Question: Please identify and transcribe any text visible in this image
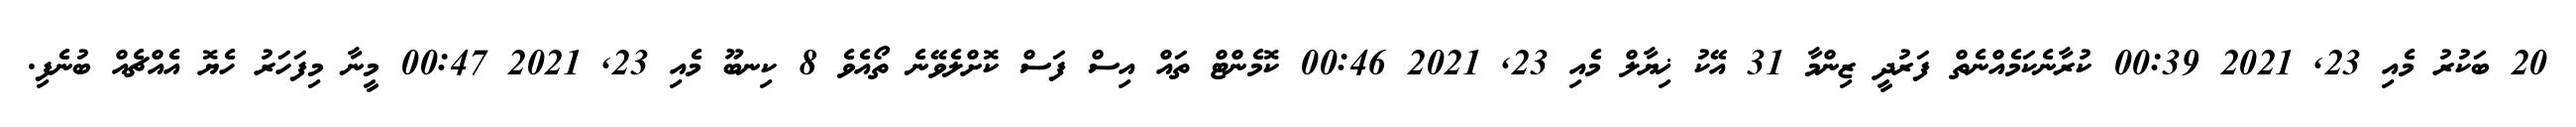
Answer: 20 ބަކުރު މެއި 23, 2021 00:39 ކުރާނެކަމެއްނެތް ފަރުދީ ޒިންމާ 31 އޭކު ޚިޔާލް މެއި 23, 2021 00:46 ކޮމެންޓް ތައް އިސް ފަސް ކޮށްލެވޭނެ ތޯއެވެ 8 ކިނބޫ މެއި 23, 2021 00:47 މީނާ މިފަހަރު ހެޔޮ އެއްޗެއް ބުނެފި.